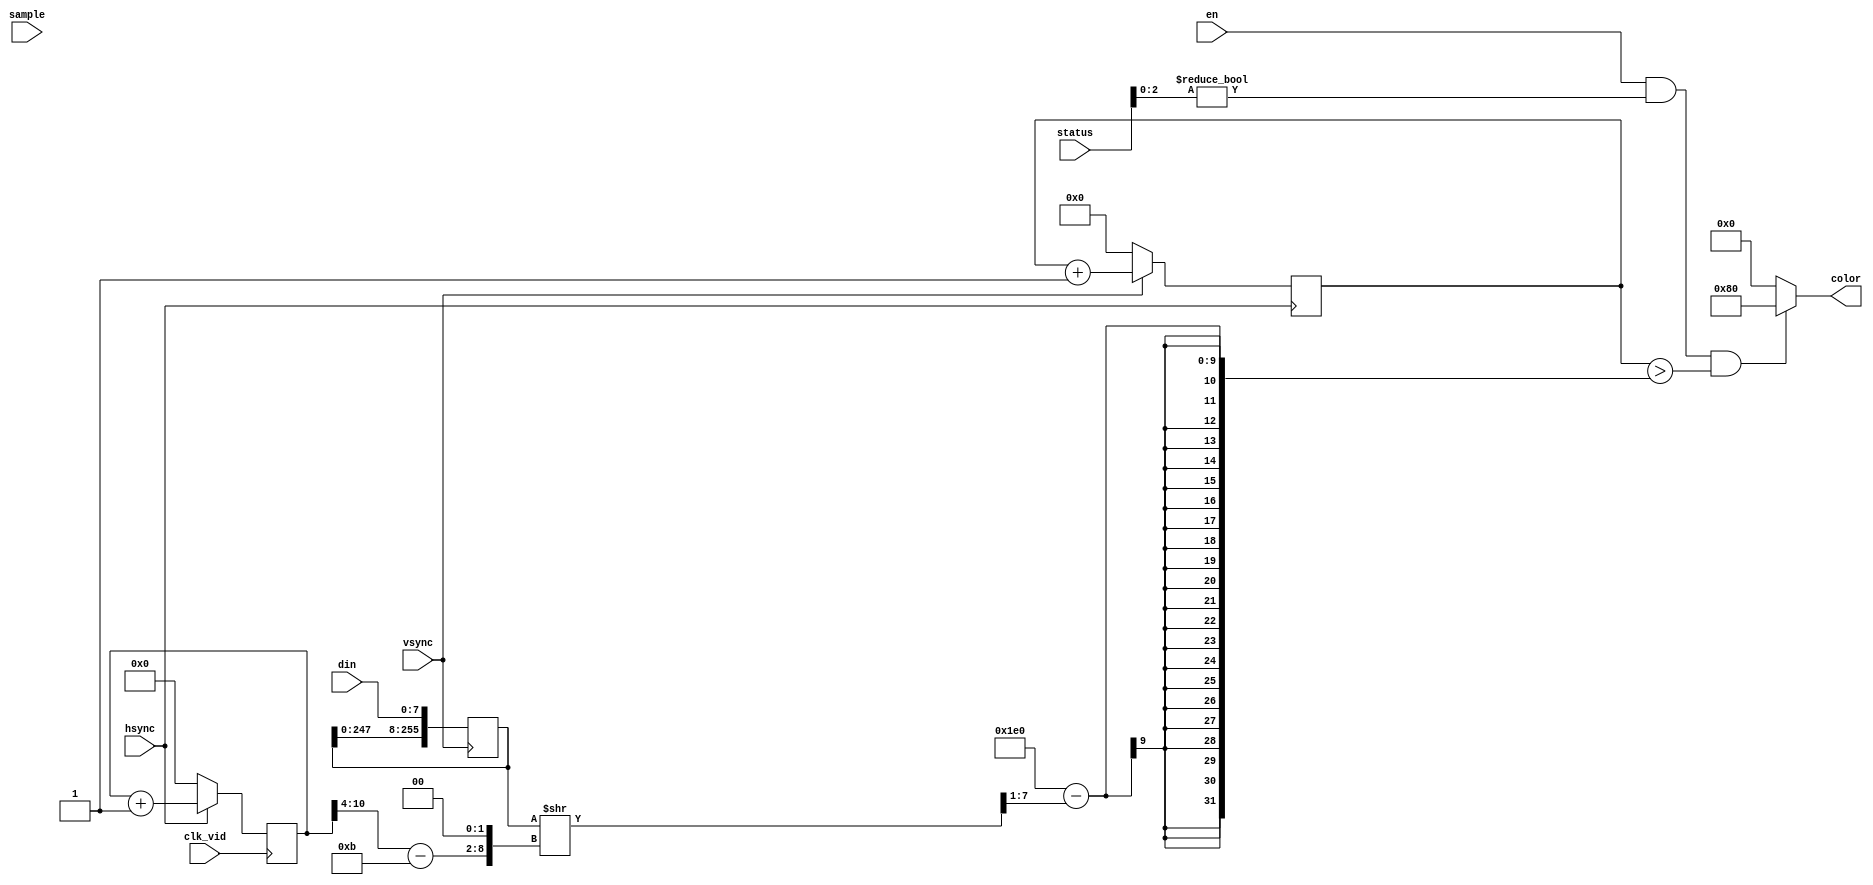
module overlay(
  input clk_vid,
  input [7:0] din,
  input sample,
  input [3:0] status,
  input hsync,
  input vsync,
  output [7:0] color,
  input en
);

assign color = en & status[2:0] != 0 & vcount > 480-db[7:1] ? 8'h80 : 0;

wire [6:0] idx = hcount[10:4] - 7'd11;
wire [7:0] db = seq >> { idx, 2'b0 };
reg [255:0] seq;
reg [9:0] vcount;
reg [12:0] hcount;

always @(posedge vsync)
  seq <= { seq[247:0], din };

always @(posedge clk_vid) begin
  hcount <= hcount + 10'd1;
  if (~hsync) hcount <= 10'd0;
end

always @(posedge hsync) begin
  vcount <= vcount + 10'd1;
  if (~vsync) vcount <= 10'd0;
end

endmodule